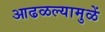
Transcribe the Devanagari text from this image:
आढळल्यामुळें